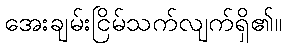
အေးချမ်းငြိမ်သက်လျက်ရှိ၏။